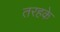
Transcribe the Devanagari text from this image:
तरहके